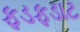
ફડફડાટ